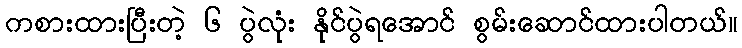
ကစားထားပြီးတဲ့ ၆ ပွဲလုံး နိုင်ပွဲရအောင် စွမ်းဆောင်ထားပါတယ်။